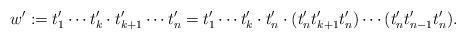
LaTeX: \begin{align*} w' := t'_1\cdots t'_k\cdot t'_{k+1}\cdots t'_n = t'_1 \cdots t'_k \cdot t'_n \cdot (t'_n t'_{k + 1} t'_n) \cdots (t'_n t'_{n - 1} t'_n). \end{align*}